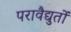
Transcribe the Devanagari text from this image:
परावैद्युतों